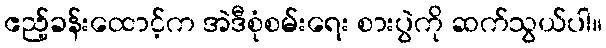
ဧည့်ခန်းထောင့်က အဲဒီစုံစမ်းရေး စားပွဲကို ဆက်သွယ်ပါ။